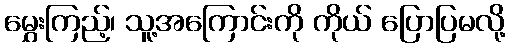
မွှေးကြည့်၊ သူ့အကြောင်းကို ကိုယ် ပြောပြမလို့